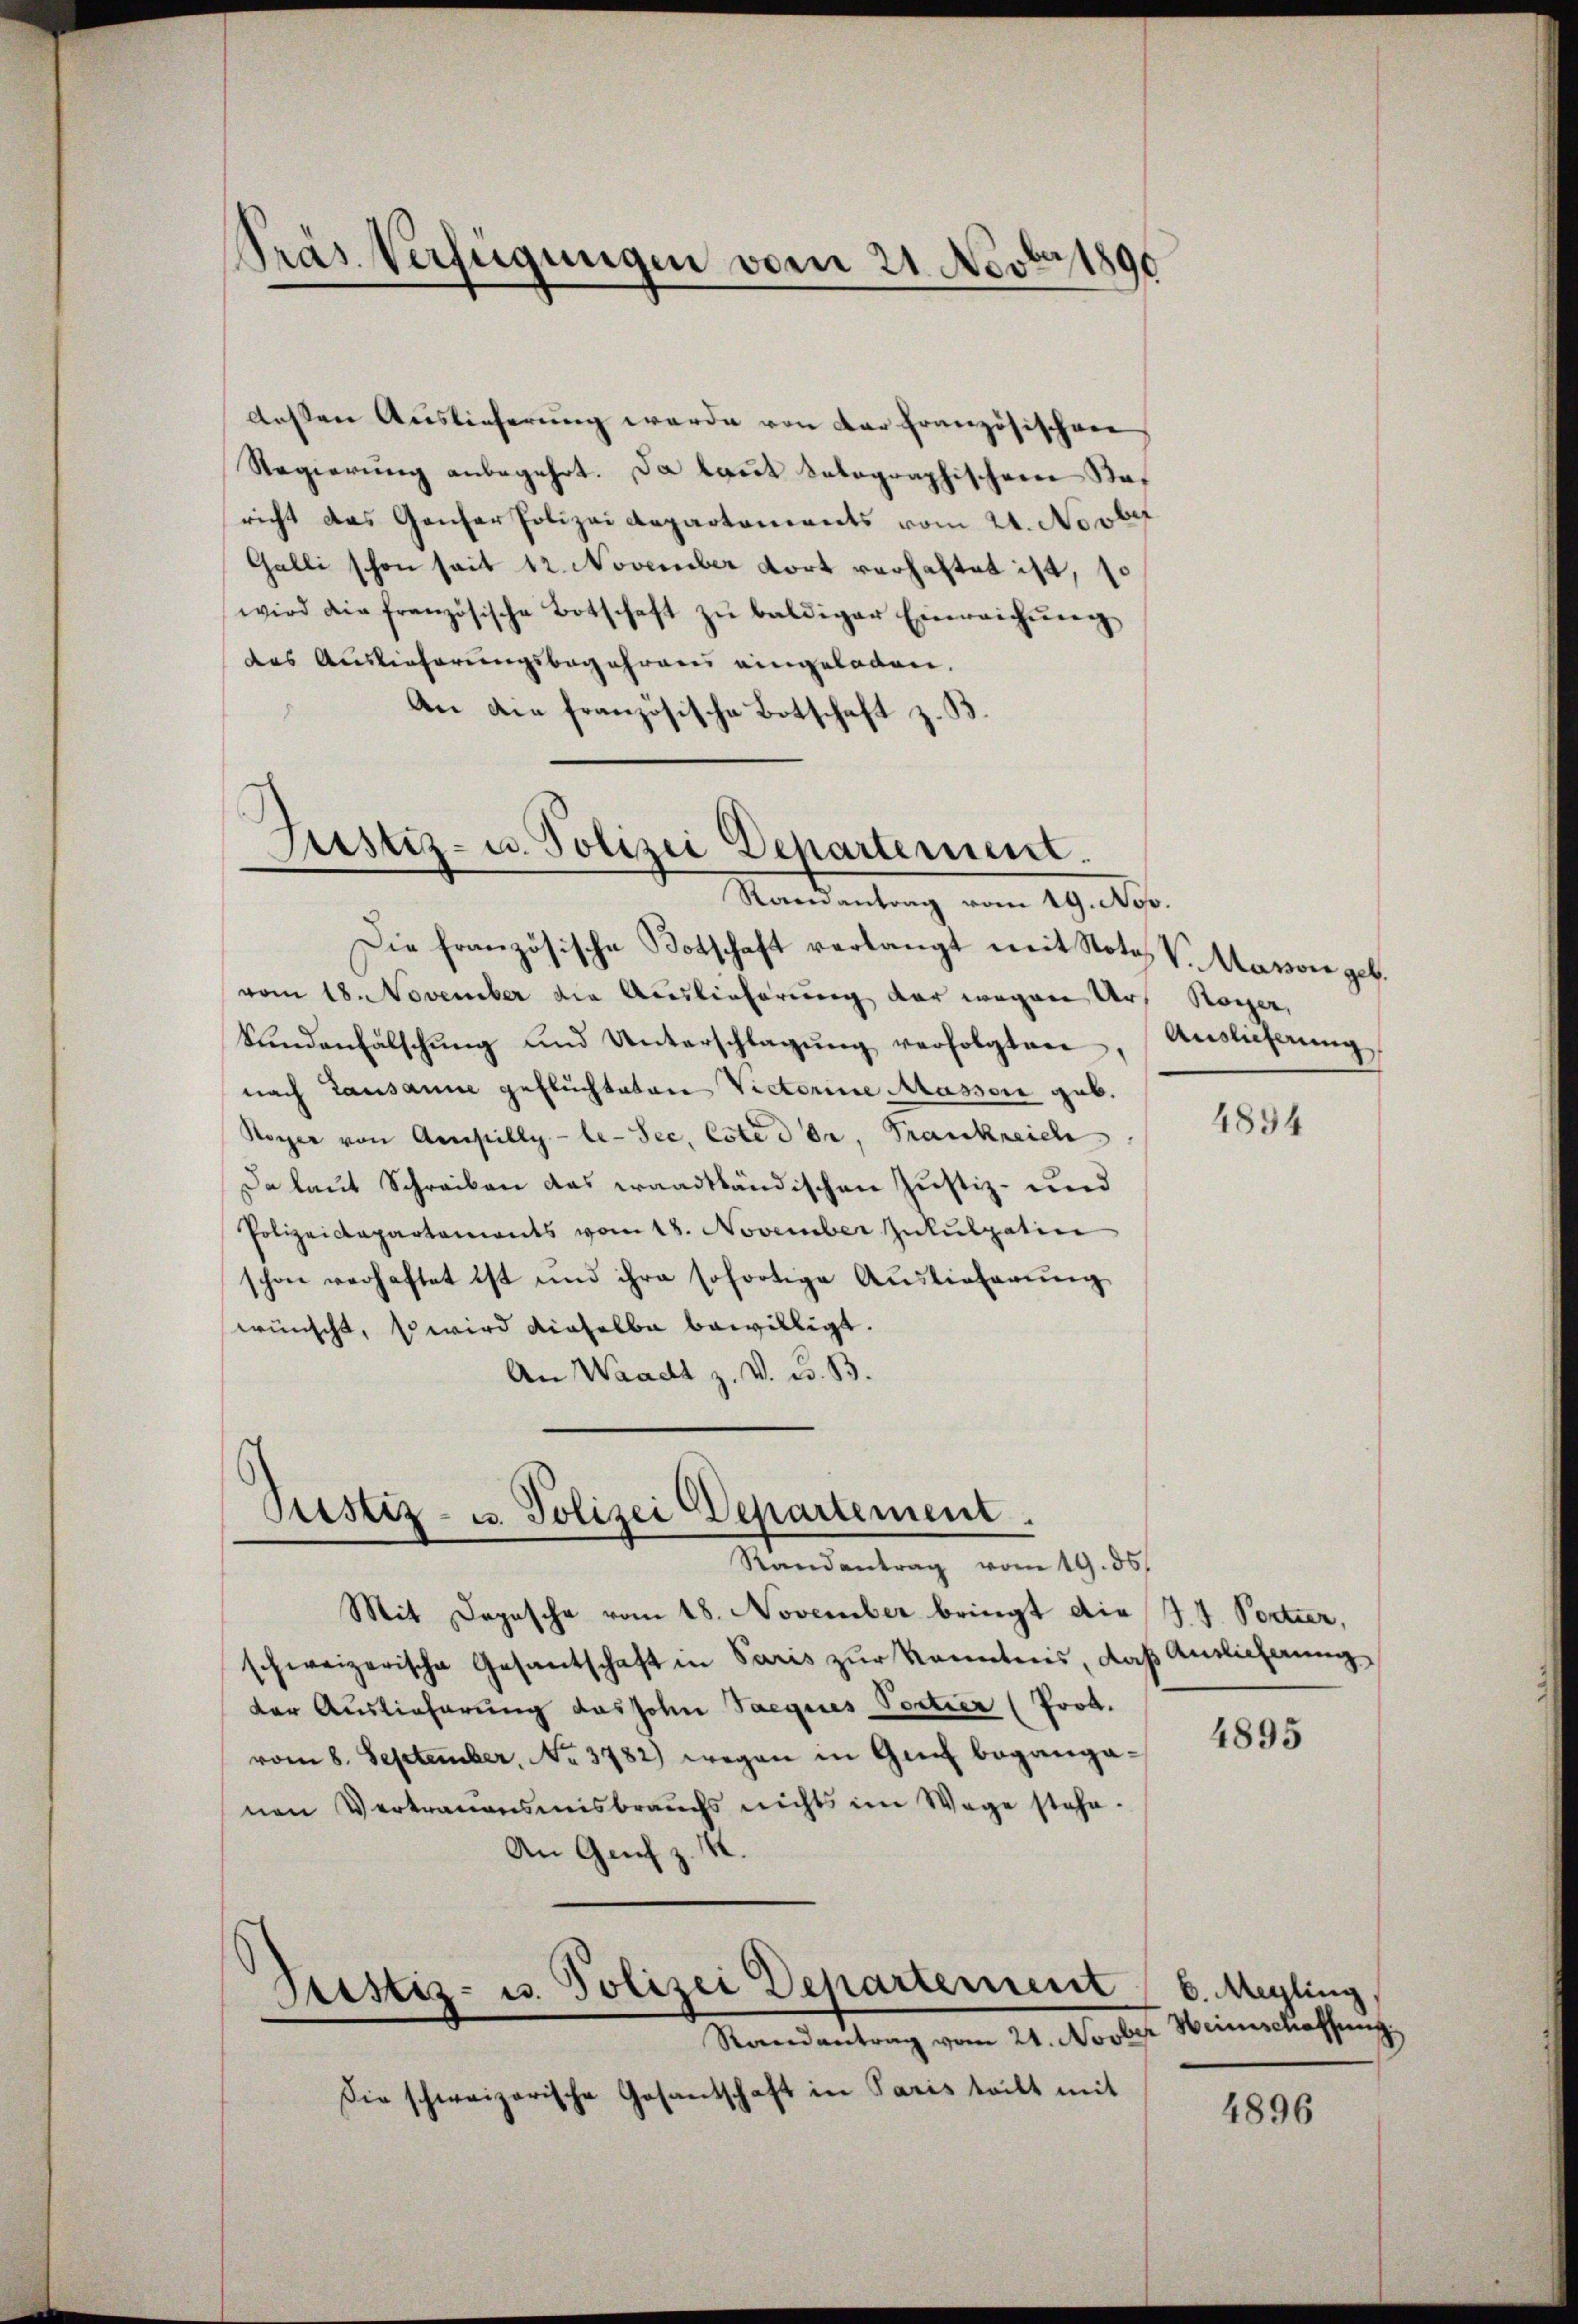
Präs. Verfügungen vom 21. Novbr 1890

dessen Auslieferung werde von der Französischen
Regierung anbegehrt. Da laut talographischen Saf
richt das Ganzer Polizei Repartoniants vom 24. Novber
Galli schon seit 12. November dort verhaltet ist, so
wird die französische Botschaft zŭ baldiger Einreichŭng
das Auslieferungsbegehrend eingeladen.
An die französische Botschaft z. B.

Justiz- u. Polizei Departement.
Mandantung vom 19. Abs.

Die französische Botschaft verlangt mit Notos V. Masson geb.
vom 18. November die Auslieferung der wegen Urs Roger,
kŭndenfälschŭng und Unterschlagŭng verfolgten, Auslicherung
nach Lausanne gefluchteten Victorine Massor gab.
Royer von Amsillg.-le-Sec, Este der, Frankreich
Da laut Schreiben das waadtländischen Justiz- und
Polizeidepartements vom 18. November Inkulpatin
schon verhaftet ist und ihre sofortige Auslieferung
wünscht, so wird dieselbe bewilligt.
An Waadt z. V. C. B.

Pustiz- u. Polizei Departement.
Randantrag vom 19. ds.

Mit Depesche vom 18. November bringt die J. J. Portier,
schweizerische Gesantschaft in Paris zŭr Kenntnis, daß Antlicherung
der Auslieferung das sohn Saeques Portier (Prod.
vom 8. September, No. 3782) wegen in Genf beganganen Vertrauensmisbrauchs nichts im Wege stehe.
An Genf z. K.
Justiz- u. Polizei Departement
Randantrag vom 24. Novber Weinschaffung
Die schweizerische Gesandschaft in Paris teilt mit

4834

4895

b. Megling,

4896